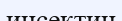
инсектин